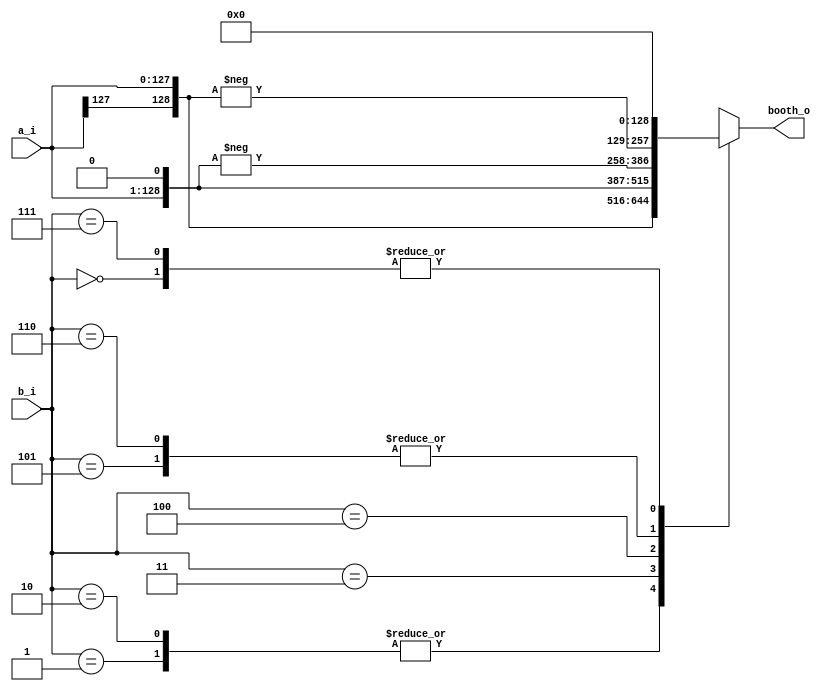
//-----------------------------------------------------------------------
//module : booth4code
//version : 1.0
//Description : radix-4 booth multiplier
//version : 2.0 (26th july ,2020)
//Description : radix-4 booth multiplier base on case funcation
//-----------------------------------------------------------------------
//time : 15th july, 2020
//-----------------------------------------------------------------------
`timescale 1ns/1ps
module booth4code (
    a_i,b_i,booth_o
);
    parameter length = 128;
    input      [length-1 : 0]  a_i;         //full 128-bit input
    input      [2:0]           b_i;         //3 of 128 bit input
    output reg [length   : 0]  booth_o;     //booth output

//-----------------------------------------------------------------------  
//version : 1.0
//Description : radix-4 booth multiplier
//-----------------------------------------------------------------------
/************************************************************************
    wire    as_f,ov_f,te_f,sub_valid;  
            //as_f = 0 add, as_f = 1 sub ;
            //ov_f = 0 0  , ov_f = 1 a;   
            //te_f = 0 0  , te_f = 1 2a;

assign  as_f = b_i[2];
assign  ov_f = b_i[1] ^ b_i[0];
assign  te_f = (( ~b_i[2] ) & b_i[1] & b_i[0] ) | ( b_i[2] & ( ~b_i[0] | b_i[1]) ); 
assign  sub_valid = as_f & ( ov_f | te_f );

always @(as_f or ov_f or te_f) begin
   if(ov_f)         //operation a_i;
        begin   
          if(as_f)   booth_o <= {~a_i[length-1],~a_i}; //sub  
          else       booth_o <= { a_i[length-1], a_i}; //add
        end 
   else if(te_f)    //operation 2*a_i
         begin
          if(as_f)   booth_o <= ~(a_i<<1); //sub
          else       booth_o <=   a_i<<1; //add
         end
    else
                     booth_o <= 0;                  
end
************************************************************************/
//-----------------------------------------------------------------------  
//version : 2.0 (26th july ,2020)
//Description : radix-4 booth multiplier base on case funcation
//-----------------------------------------------------------------------
always @(*) begin
    case(b_i)
        3'b000 : booth_o <= 0;
        3'b001 : booth_o <= { a_i[length-1], a_i};
        3'b010 : booth_o <= { a_i[length-1], a_i};
        3'b011 : booth_o <=   a_i<<1;
        3'b100 : booth_o <= -(a_i<<1);
        3'b101 : booth_o <= -{a_i[length-1],a_i};
        3'b110 : booth_o <= -{a_i[length-1],a_i};
        3'b111 : booth_o <= 0;
        default: booth_o <= 0;
    endcase
end



endmodule